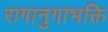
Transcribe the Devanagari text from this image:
रागानुगाभक्ति